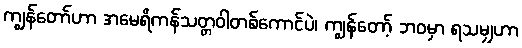
ကျွန်တော်ဟာ အမေရိကန်သတ္တဝါတစ်ကောင်ပဲ၊ ကျွန်တော့် ဘဝမှာ ရသမျှဟာ